Vaccination returns of the Province of Eastern Bengal and Assam - 1905-1912
Year: 1905
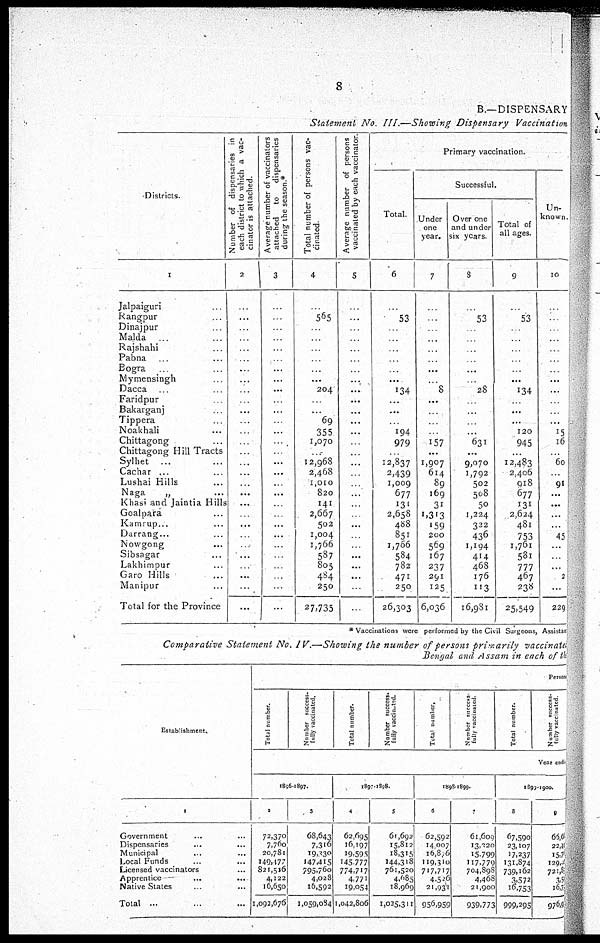
8
B.—DISPENSARY
Statement No. III.—Showing Dispensary Vaccination
Districts.
1
Jalpaiguri ...
Rangpur ...
Dinajpur ...
Malda ...
Rajshahi ...
Pabna ...
Bogra ...
Mymensingh ...
Dacca ...
Faridpur ...
Bakarganj
...
Tippera ...
Noakhali ...
Chittagong ...
Chittagong Hill Tracts
Sylhet ...
Cachar ...
Lushai Hills ...
Naga
„ ...
Khasi and Jaintia Hills
Goalpara ...
Kamrup...
Darrang...
Nowgong ...
Sibsagar ...
Lakhimpur ...
Garo Hills ...
Manipur ...
Total for the Province
Number of dispensaries in
each district to which a vac-
cinator is attached.
2
...
...
...
...
...
...
...
...
...
...
...
...
...
...
...
...
...
...
...
...
...
...
...
...
...
...
...
...
...
Average number of vaccinators
attached
to
dispensaries
during the season.*
3
...
...
...
...
...
...
...
...
...
...
...
...
...
...
...
...
...
...
...
...
...
...
...
...
...
...
...
...
...
Total number of persons vac-
cinated.
4
...
565
...
...
...
...
...
...
204
...
...
69
355
1,070
...
12,968
2,468
1,010
820
141
2,667
502
1,004
1,766
587
805
484
250
27,735
Average number of persons
vaccinated by each vaccinator
5
...
...
...
...
...
...
...
...
...
...
...
...
...
...
...
...
...
...
...
...
...
...
...
...
...
...
...
...
...
Primary vaccination.
Total.
6
...
53
...
...
...
...
...
...
134
...
...
...
194
979
...
12,837
2,439
1,009
677
131
2,658
488
851
1,766
584
782
471
250
26,303
Successful.
Under
one
year.
7
...
...
...
...
...
...
...
...
8
...
...
...
...
157
...
1,907
614
89
169
31
1,313
159
200
569
167
237
291
125
6,036
Over one
and under
six years.
8
...
53
...
...
...
...
...
...
28
...
...
...
...
631
...
9,070
1,792
502
508
50
1,224
322
436
1,194
414
468
176
113
16,981
Total of
all ages.
9
...
53
...
...
...
...
...
...
134
...
...
...
120
945
...
12,483
2,406
918
677
131
2,624
481
753
1,761
581
777
467
238
25,549
Un-
known.
10
...
...
...
...
...
...
...
...
...
...
...
...
15
16
...
60
...
91
...
...
...
...
45
...
...
...
2
...
229
*Vaccinations were performed by the Civil Surgeons, Assistant
Comparative Statement No. IV.—Showing the number of persons primarily vaccinates
Bengal and Assam in each of the
Establishment.
1
Government ... ...
Dispensaries ... ...
Municipal ... ...
Local Funds ... ...
Licensed vaccinators ...
Apprentice
...
...
Native Stales ... ...
Total ... ...
Person
Total number.
Number success¬
fully vaccinated.
Total number.
Number success¬
fully vaccinated.
Total number,
Number success¬
fully vaccinated.
Total number.
Number success-
fully vaccinated.
Year endin
1896-1897.
2
72,370
7,760
20,781
149,177
821,516
4,122
16,650
1,092,676
3
68,643
7,316
19,330
147,415
795,760
4,028
16,592
1,059,084
1897-1898.
4
62,695
16,197
19,595
145,777
774,717
4,771
19,054
1,042,806
5
61,692
15,812
18,315
144,318
761,520
4,685
18,969
1,025,311
1898-1899.
6
62,592
14,007
16,876
119,310
717,717
4,526
21,931
956,959
7
61,609
13,320
15,799
117,779
704,898
4,468
21,900
939,773
1899-1900.
8
67,590
23,107
17,237
131,874
739,162
3,572
16,753
999,295
9
65,60
22,44
15,76
129,4
721,8
3,5
16,7
976,59